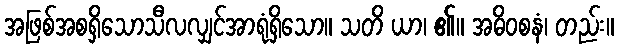
အဖြစ်အစရှိသောသီလလျှင်အာရုံရှိသော။ သတိ ယာ၊ ၏။ အဓိဝစနံ၊ တည်း။